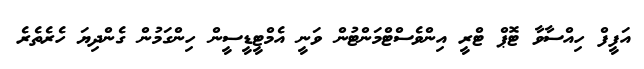
އަފީފް ހިއްސާވާ ޓޮޕް ޓްރީ އިންވެސްޓްމަންޓުން ވަނީ އެމްޓީޑީސީން ހިންގަމުން ގެންދިޔަ ހެރެތެރެ